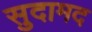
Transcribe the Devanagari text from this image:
सुदामद